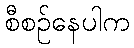
စီစဉ်နေပါက